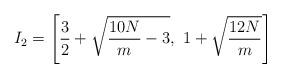
LaTeX: \begin{align*} I_2=\left[ \frac32+\sqrt{\frac{10N}m-3},\ 1+\sqrt\frac {12N}m \right]\end{align*}